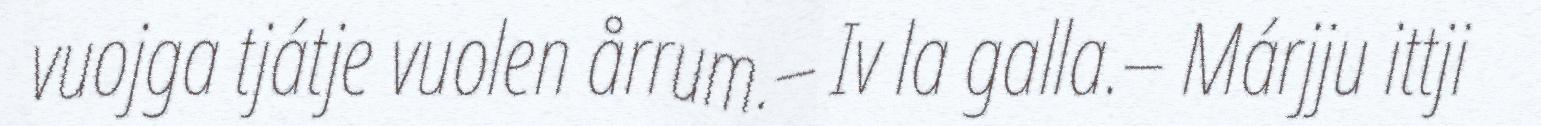
vuojga tjátje vuolen årrum.– Iv la galla.– Márjju ittji